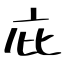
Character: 庇